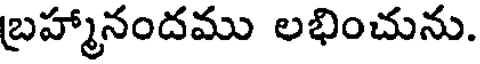
బ్రహ్మానందము లభించును.